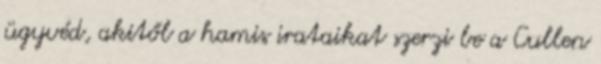
ügyvéd, akitől a hamis irataikat szerzi be a Cullen